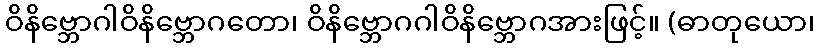
ဝိနိဗ္ဘောဂါဝိနိဗ္ဘောဂတော၊ ဝိနိဗ္ဘောဂဂါဝိနိဗ္ဘောဂအားဖြင့်။ (ဓာတုယော၊